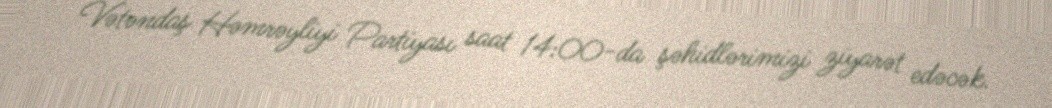
Vətəndaş Həmrəyliyi Partiyası saat 14:00-da şəhidlərimizi ziyarət edəcək.